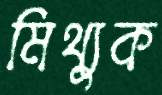
মিথ্যুক